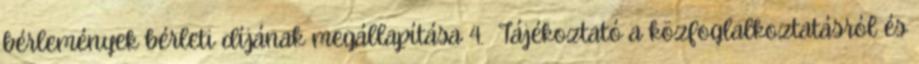
bérlemények bérleti díjának megállapítása 4. Tájékoztató a közfoglalkoztatásról és